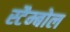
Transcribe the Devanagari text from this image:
स्टैम्बोल